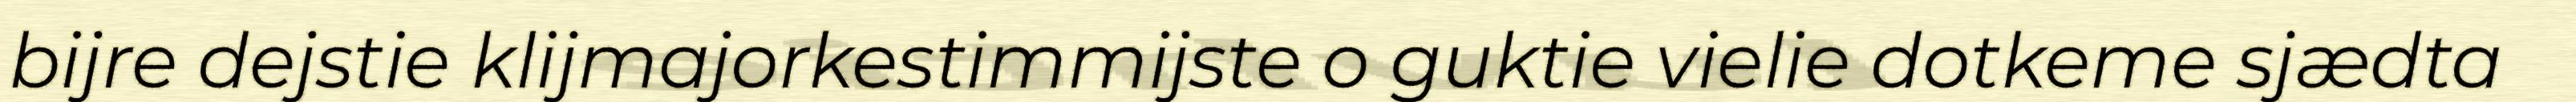
bijre dejstie klijmajorkestimmijste o guktie vielie dotkeme sjædta